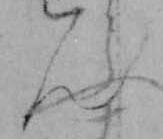
ん